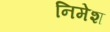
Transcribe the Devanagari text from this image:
निमेश